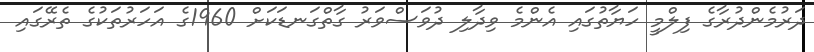
ދަރުމެންދުރާގެ ފިލްމީ ހަޔާތުގައި އެންމެ ވިދާލި ދުވަސްވަރު ގާތްގަނޑަކަށް 1960ގެ އަހަރުތަކުގެ ތެރޭގައި